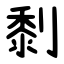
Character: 㓿